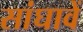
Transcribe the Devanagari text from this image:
सांघावें